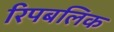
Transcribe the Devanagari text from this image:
रिपबलिक